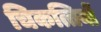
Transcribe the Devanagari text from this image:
चिकत्तियों